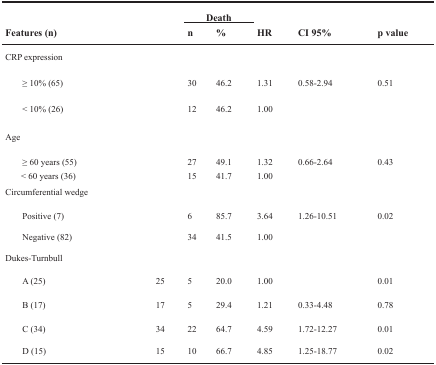
<table><thead><tr><td rowspan="2" colspan="2"><b>Features (n)</b></td><td colspan="2"><b>Death</b></td><td rowspan="2"><b>HR</b></td><td rowspan="2"><b>CI 95%</b></td><td rowspan="2"><b>p value</b></td></tr><tr><td><b>n</b></td><td><b>%</b></td></tr></thead><tbody><tr><td>CRP expression</td><td></td><td></td><td></td><td></td><td></td><td></td></tr><tr><td>≥ 10% (65)</td><td></td><td>30</td><td>46.2</td><td>1.31</td><td>0.58-2.94</td><td>0.51</td></tr><tr><td>&lt; 10% (26)</td><td></td><td>12</td><td>46.2</td><td>1.00</td><td></td><td></td></tr><tr><td>Age</td><td></td><td></td><td></td><td></td><td></td><td></td></tr><tr><td>≥ 60 years (55)</td><td></td><td>27</td><td>49.1</td><td>1.32</td><td>0.66-2.64</td><td>0.43</td></tr><tr><td>&lt; 60 years (36)</td><td></td><td>15</td><td>41.7</td><td>1.00</td><td></td><td></td></tr><tr><td>Circumferential wedge</td><td></td><td></td><td></td><td></td><td></td><td></td></tr><tr><td>Positive (7)</td><td></td><td>6</td><td>85.7</td><td>3.64</td><td>1.26-10.51</td><td>0.02</td></tr><tr><td>Negative (82)</td><td></td><td>34</td><td>41.5</td><td>1.00</td><td></td><td></td></tr><tr><td>Dukes-Turnbull</td><td></td><td></td><td></td><td></td><td></td><td></td></tr><tr><td>A (25)</td><td>25</td><td>5</td><td>20.0</td><td>1.00</td><td></td><td>0.01</td></tr><tr><td>B (17)</td><td>17</td><td>5</td><td>29.4</td><td>1.21</td><td>0.33-4.48</td><td>0.78</td></tr><tr><td>C (34)</td><td>34</td><td>22</td><td>64.7</td><td>4.59</td><td>1.72-12.27</td><td>0.01</td></tr><tr><td>D (15)</td><td>15</td><td>10</td><td>66.7</td><td>4.85</td><td>1.25-18.77</td><td>0.02</td></tr></tbody></table>